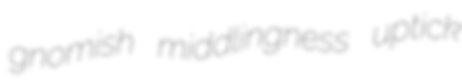
gnomish middlingness uptick